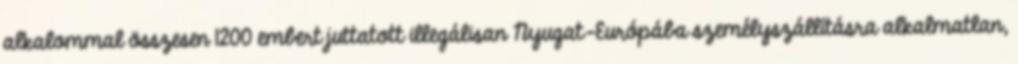
alkalommal összesen 1200 embert juttatott illegálisan Nyugat-Európába személyszállításra alkalmatlan,